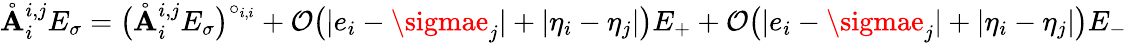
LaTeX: \mathring{\mathbf{A}}_{i}^{{i,j}}E_{\sigma}=\big(\mathring{\mathbf{A}}_{i}^{{i,j}}E_{\sigma}\big)^{\circ_{i,i}}+\mathcal{{O}}\big(|e_{i}-\sigmae_{j}|+|\eta_{i}-\eta_{j}|\big)E_{+}+\mathcal{{O}}\big(|e_{i}-\sigmae_{j}|+|\eta_{i}-\eta_{j}|\big)E_{-}